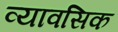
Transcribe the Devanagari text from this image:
व्यावसिक